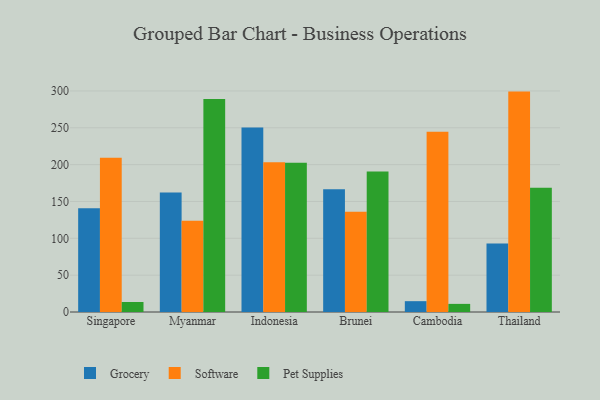
{"axis": {"x": "Country", "y": "Net Income (USD K)"}, "legend": ["Grocery", "Pet Supplies", "Software"], "data": [{"x": "Singapore", "y": 140.9, "type": "Grocery"}, {"x": "Singapore", "y": 209.4, "type": "Software"}, {"x": "Singapore", "y": 13.6, "type": "Pet Supplies"}, {"x": "Myanmar", "y": 162.1, "type": "Grocery"}, {"x": "Myanmar", "y": 123.9, "type": "Software"}, {"x": "Myanmar", "y": 289.2, "type": "Pet Supplies"}, {"x": "Indonesia", "y": 250.3, "type": "Grocery"}, {"x": "Indonesia", "y": 203.1, "type": "Software"}, {"x": "Indonesia", "y": 202.7, "type": "Pet Supplies"}, {"x": "Brunei", "y": 166.6, "type": "Grocery"}, {"x": "Brunei", "y": 136.2, "type": "Software"}, {"x": "Brunei", "y": 190.5, "type": "Pet Supplies"}, {"x": "Cambodia", "y": 14.7, "type": "Grocery"}, {"x": "Cambodia", "y": 244.5, "type": "Software"}, {"x": "Cambodia", "y": 11.0, "type": "Pet Supplies"}, {"x": "Thailand", "y": 92.8, "type": "Grocery"}, {"x": "Thailand", "y": 299.1, "type": "Software"}, {"x": "Thailand", "y": 168.5, "type": "Pet Supplies"}]}